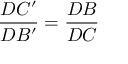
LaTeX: { \frac { D C ^ { \prime } } { D B ^ { \prime } } } = { \frac { D B } { D C } }